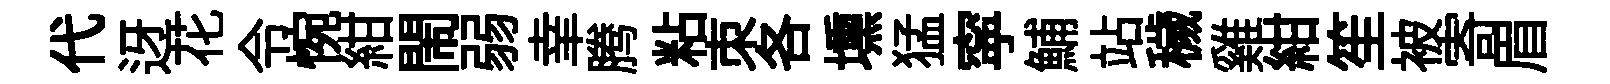
代迓花令惋紺閙弱𦍒腾粘朿各壎猛寜鯆站穢雞紺笙被寄眉